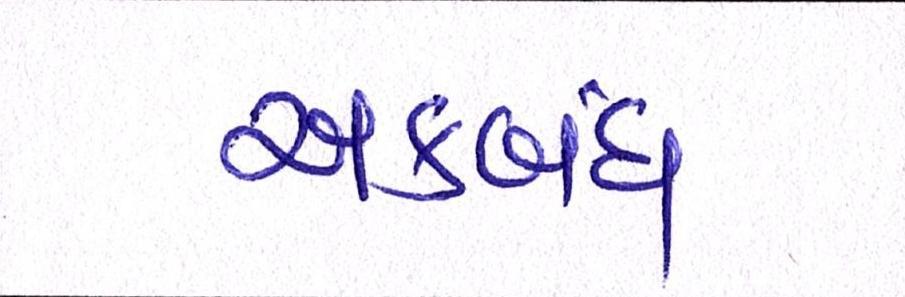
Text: અકબંધ